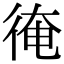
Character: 𢔂